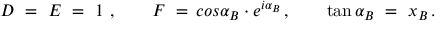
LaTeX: D \ = \ E \ = \ 1 \ , \qquad F \ = \, c o s \alpha _ { B } \cdot e ^ { i \alpha _ { B } } \, , \qquad \tan \alpha _ { B } \ = \ x _ { B } \, .